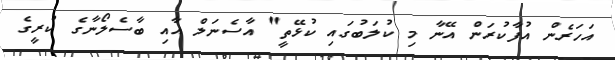
އަހަރެން އުފާކުރަން އޭނާ މި ކުލަބުގައި ކުޅޭތީ" އާސެނަލް އާއި ބާސެލޯނާގެ ކުރީގެ